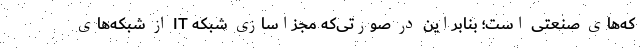
که‌های صنعتی است؛ بنابراین در صورتی‌که مجزاسازی شبکه IT از شبکه‌های